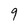
Character: 9